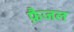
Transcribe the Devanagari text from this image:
फ़ैजल